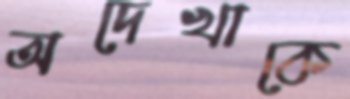
অদেখাকে